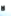
لا